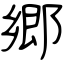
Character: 郷